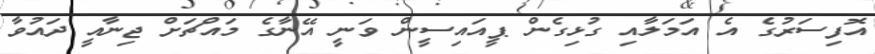
އޮފިސަރުގެ އެ އަމަލާއި ގުޅިގެން ޕީއައިސީން ވަނީ އޭނާގެ މައްޗަށް ޖިނާއީ ދައުވާ